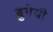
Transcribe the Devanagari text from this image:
बुगेयी